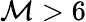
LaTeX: \mathcal{M}>6